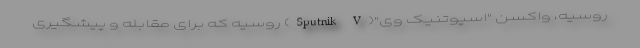
روسیه، واکسن "اسپوتنیک وی"(Sputnik V) روسیه که برای مقابله و پیشگیری